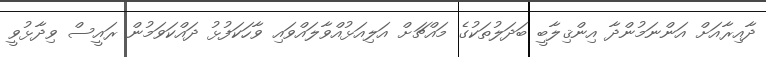
ދާއިރާއަށް އަންނަމުންދާ އިންޤިލާބީ ބަދަލުތަކުގެ މައްޗަށް އަލިއަޅުއްވާލައްވައި ވާހަކަފުޅު ދައްކަވަމުން ރައީސް ވިދާޅުވީ